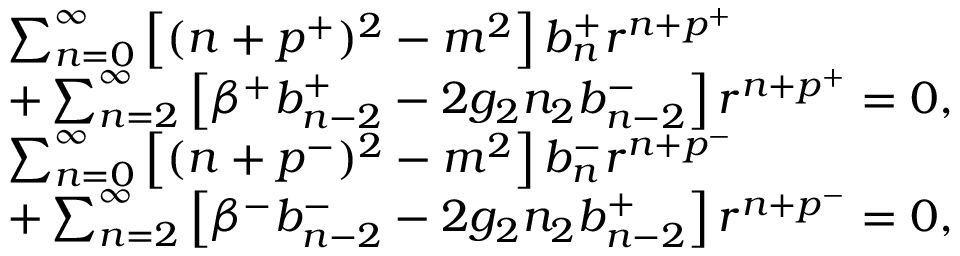
\begin{array} { r l } & { \sum _ { n = 0 } ^ { \infty } \left[ ( n + p ^ { + } ) ^ { 2 } - m ^ { 2 } \right] b _ { n } ^ { + } r ^ { n + p ^ { + } } } \\ & { + \sum _ { n = 2 } ^ { \infty } \left[ \beta ^ { + } b _ { n - 2 } ^ { + } - 2 g _ { 2 } n _ { 2 } b _ { n - 2 } ^ { - } \right] r ^ { n + p ^ { + } } = 0 , } \\ & { \sum _ { n = 0 } ^ { \infty } \left[ ( n + p ^ { - } ) ^ { 2 } - m ^ { 2 } \right] b _ { n } ^ { - } r ^ { n + p ^ { - } } } \\ & { + \sum _ { n = 2 } ^ { \infty } \left[ \beta ^ { - } b _ { n - 2 } ^ { - } - 2 g _ { 2 } n _ { 2 } b _ { n - 2 } ^ { + } \right] r ^ { n + p ^ { - } } = 0 , } \end{array}